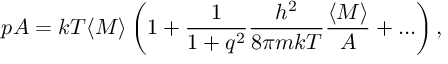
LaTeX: p A = k T \langle M \rangle \left( 1 + \frac { 1 } { 1 + q ^ { 2 } } \frac { h ^ { 2 } } { 8 \pi m k T } \frac { \langle M \rangle } { A } + . . . \right) ,